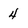
Character: 4